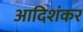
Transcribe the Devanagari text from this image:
आदिशंकर